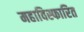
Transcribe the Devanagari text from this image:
महाविस्फारित